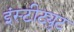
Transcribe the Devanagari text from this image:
इंस्‍टीट्युट